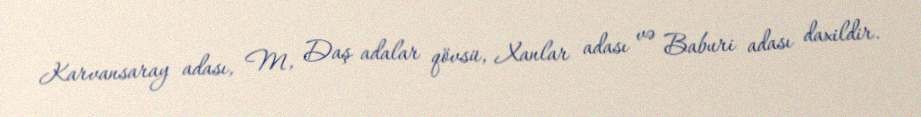
Karvansaray adası, M, Daş adalar qövsü, Xanlar adası və Baburi adası daxildir.